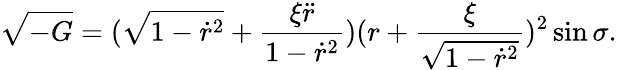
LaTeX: \sqrt{-G}=(\sqrt{1-\dot{r}^{2}}+\frac{\xi\ddot{r}}{1-\dot{r}^{2}})(r+\frac{\xi}{\sqrt{1-\dot{r}^{2}}})^{2}\sin\sigma.